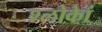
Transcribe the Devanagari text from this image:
श्लोकेां